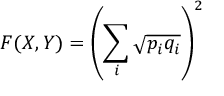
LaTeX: F ( X , Y ) = \left( \sum _ { i } { \sqrt { p _ { i } q _ { i } } } \right) ^ { 2 }